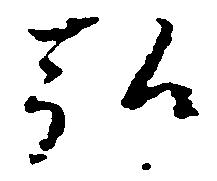
弘